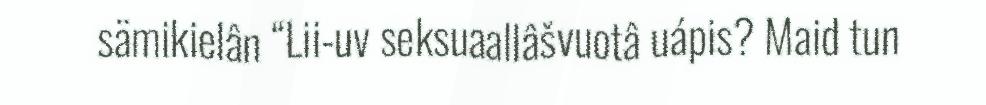
sämikielân “Lii-uv seksuaallâšvuotâ uápis? Maid tun